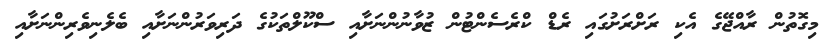
މިގޮތުން ރާއްޖޭގެ އެކި ރަށްރަށުގައި ރެޑް ކްރެސެންޓުން ޒުވާނުންނަށާއި ސްކޫލްތަކުގެ ދަރިވަރުންނަށާއި ބެލެނިވެރިންނަށާއި